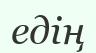
едің